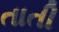
તાતી